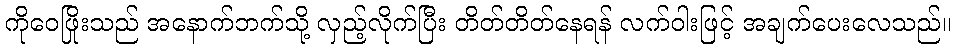
ကိုဝေဖြိုးသည် အနောက်ဘက်သို့ လှည့်လိုက်ပြီး တိတ်တိတ်နေရန် လက်ဝါးဖြင့် အချက်ပေးလေသည်။